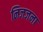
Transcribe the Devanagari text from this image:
निजजना